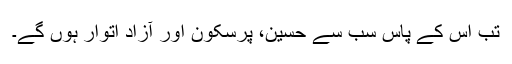
تب اس کے پاس سب سے حسین، پرسکون اور آزاد اتوار ہوں گے۔